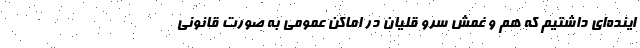
اینده‌ای داشتیم که هم و غمش سرو قلیان در اماکن عمومی به صورت قانونی